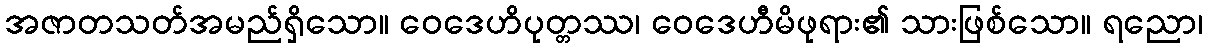
အဇာတသတ်အမည်ရှိသော။ ဝေဒေဟိပုတ္တဿ၊ ဝေဒေဟီမိဖုရား၏ သားဖြစ်သော။ ရညော၊